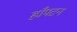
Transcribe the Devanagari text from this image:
हाँपटन